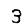
Digit: 3